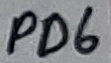
Text: PD6